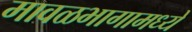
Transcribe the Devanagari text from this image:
मावळभागामध्ये